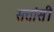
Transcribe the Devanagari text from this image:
सत्तांसी